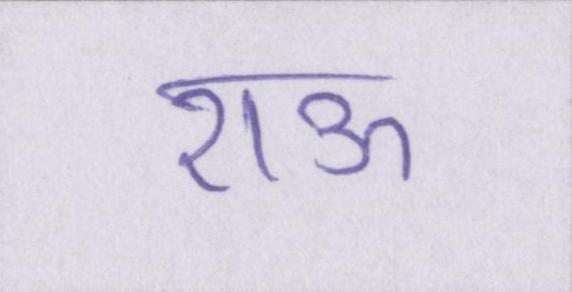
राऊ